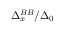
\Delta _ { x } ^ { B B } / \Delta _ { 0 }